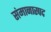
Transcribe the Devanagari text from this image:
संमानास्पद